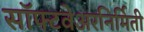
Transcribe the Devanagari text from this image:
सॉफ्टवेअरनिर्मिती